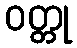
ဝတ္တု